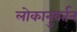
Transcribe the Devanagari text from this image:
लोकानुवर्तन